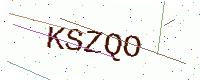
Text: KSZQO